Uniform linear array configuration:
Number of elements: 48
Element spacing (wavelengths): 0.25
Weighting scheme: hamming
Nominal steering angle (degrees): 60
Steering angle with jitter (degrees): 61.216
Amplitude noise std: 0.05
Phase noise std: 0.05

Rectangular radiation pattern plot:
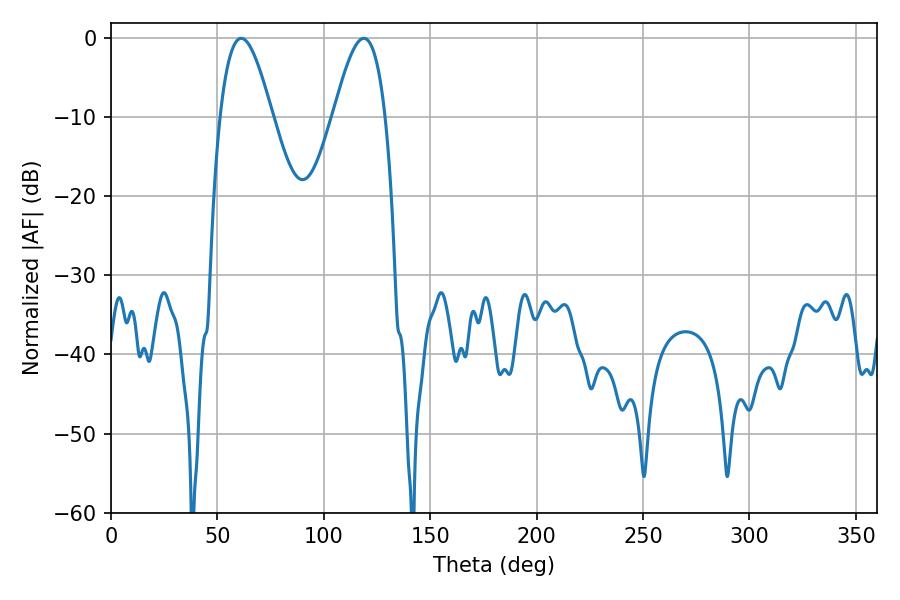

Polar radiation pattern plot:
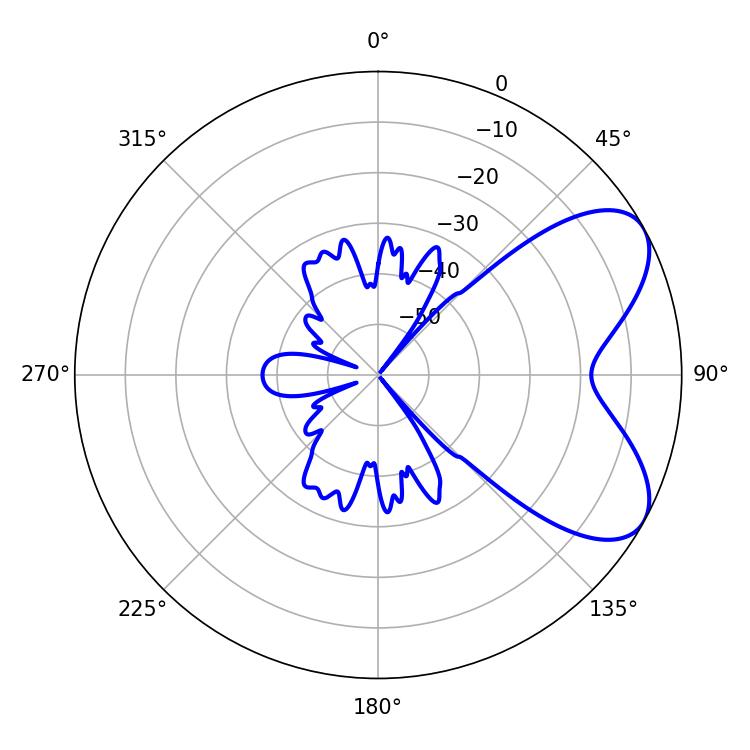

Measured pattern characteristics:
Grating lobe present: FALSE
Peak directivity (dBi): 6.457
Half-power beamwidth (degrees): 13.32
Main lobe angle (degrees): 61.2